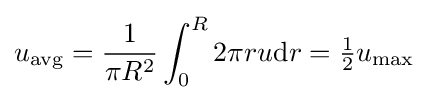
{u}_{\mathrm {avg} }={\frac {1}{\pi R^{2}}}\int _{0}^{R}2\pi ru\mathrm {d} r={\tfrac {1}{2}}{u}_{\mathrm {max} }